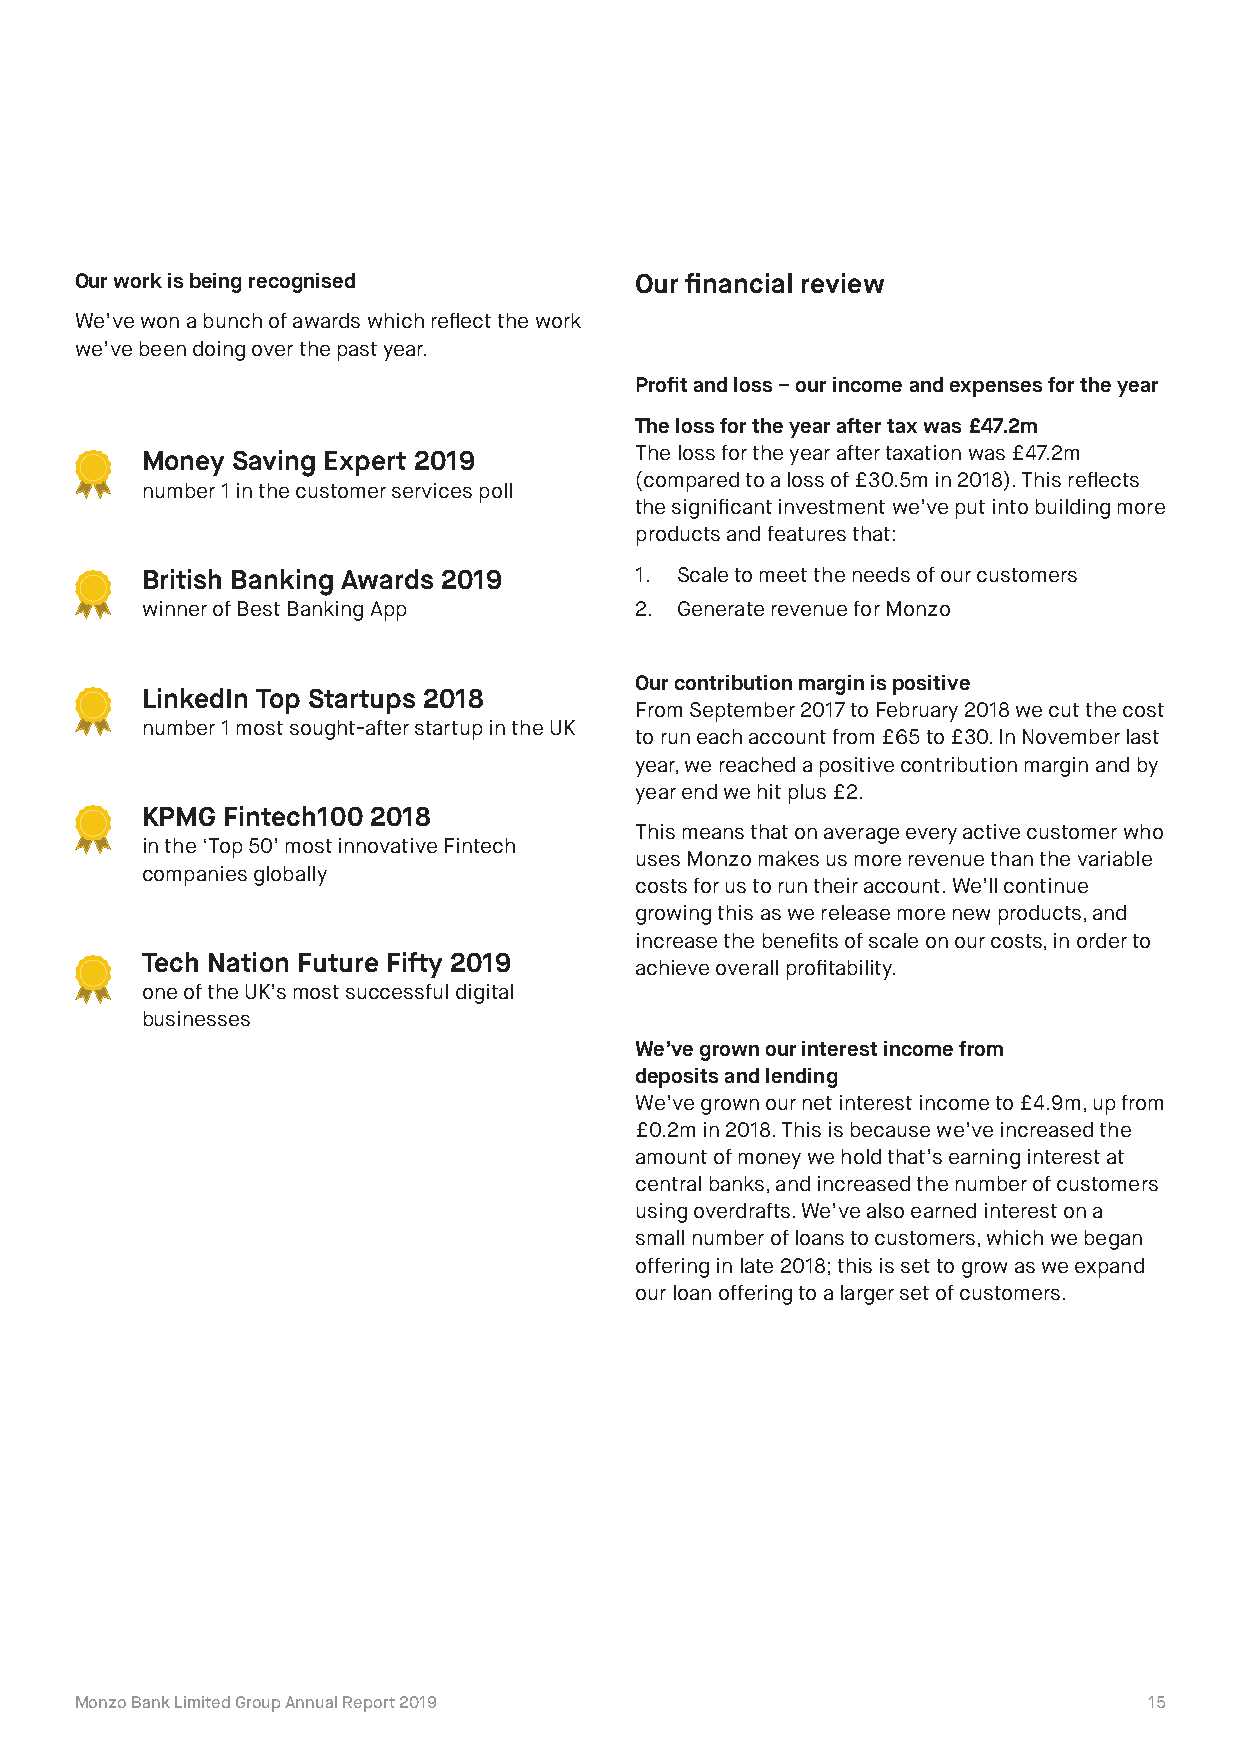
Our work is being recognised         Our financial review
 We’ve won a bunch of awards which reflect the work
 we’ve been doing over the past year.
 Profit and loss – our income and expenses for the year
 The loss for the year after tax was £47.2m
 Money Saving Expert 2019         The loss for the year after taxation was £47.2m
 (compared to a loss of £30.5m in 2018). This reflects
 number 1 in the customer services poll
 the significant investment we’ve put into building more
 products and features that:
 British Banking Awards 2019      1. Scale to meet the needs of our customers
 winner of Best Banking App       2. Generate revenue for Monzo
 Our contribution margin is positive
 LinkedIn Top Startups 2018
 From September 2017 to February 2018 we cut the cost
 number 1 most sought-after startup in the UK
 to run each account from £65 to £30. In November last
 year, we reached a positive contribution margin and by
 year end we hit plus £2.
 KPMG  Fintech100 2018
 This means that on average every active customer who
 in the ‘Top 50’ most innovative Fintech
 uses Monzo makes us more revenue than the variable
 companies globally
 costs for us to run their account. We’ll continue
 growing this as we release more new products, and
 increase the benefits of scale on our costs, in order to
 Tech Nation Future Fifty 2019
 achieve overall profitability.
 one of the UK’s most successful digital
 businesses
 We’ve grown our interest income from
 deposits and lending
 We’ve grown our net interest income to £4.9m, up from
 £0.2m in 2018. This is because we’ve increased the
 amount of money we hold that’s earning interest at
 central banks, and increased the number of customers
 using overdrafts. We’ve also earned interest on a
 small number of loans to customers, which we began
 offering in late 2018; this is set to grow as we expand
 our loan offering to a larger set of customers.
 Monzo Bank Limited Group Annual Report 2019                            15